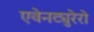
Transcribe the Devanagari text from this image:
एवेनट्युरेरो